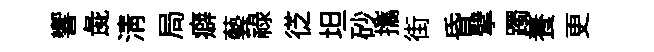
響彘清局癖藝禄徔坦砂攜街昏擘躅養更